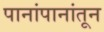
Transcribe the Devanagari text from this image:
पानांपानांतून